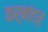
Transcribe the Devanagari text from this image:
कर्मांङ्र